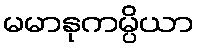
မမာနုကမ္ပိယာ